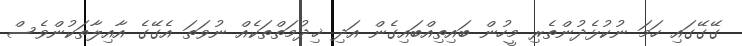
ގޭގޭގައި ހަމަ ނުކުޅެދުންތެރި މީހުން ބައިތިއްބައިގެން އަދި ޚިދުމަތްތަކެއް ނުވަތަ އެގޭގެ އާއިލާތަކުންވެސް